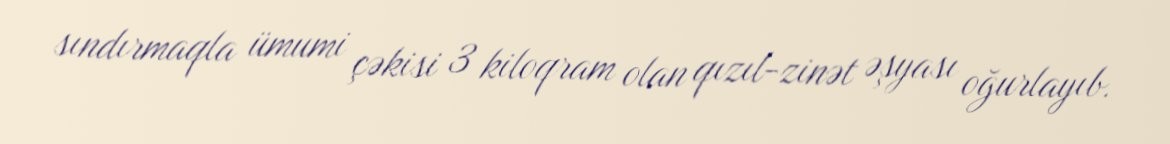
sındırmaqla ümumi çəkisi 3 kiloqram olan qızıl-zinət əşyası oğurlayıb.